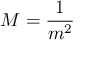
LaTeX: M = { \frac { 1 } { m ^ { 2 } } }